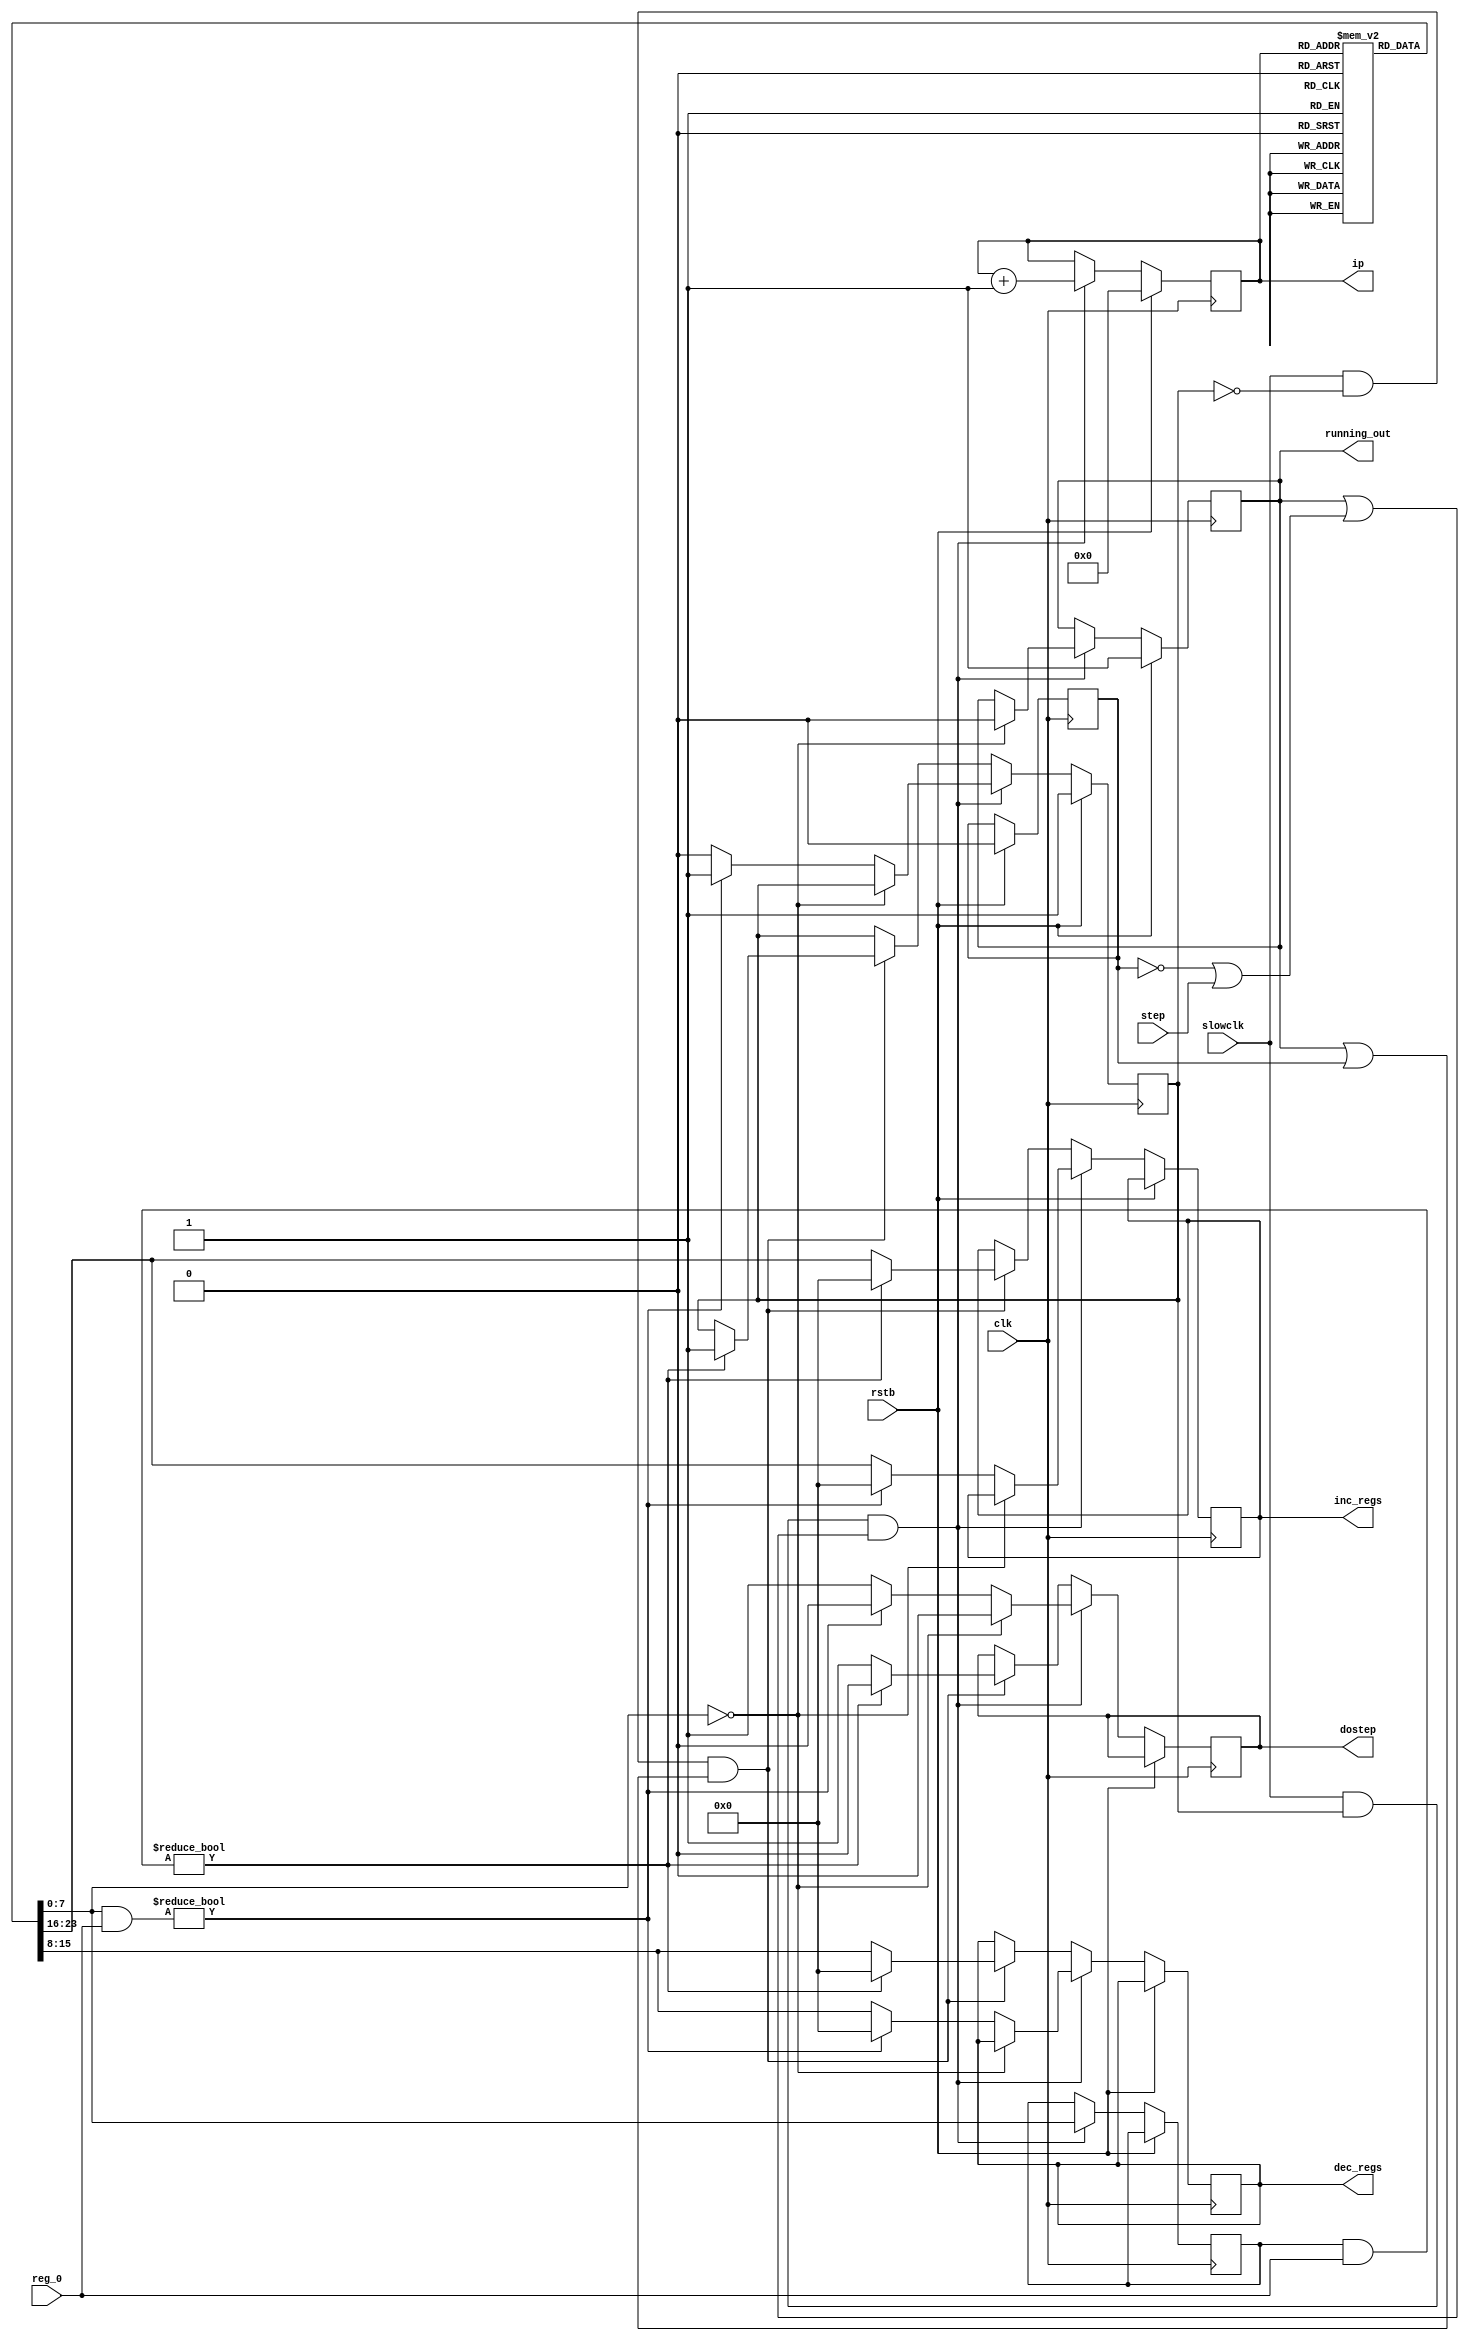
/////////////////////////////////////////
// numbotron instructions

module thread( clk, slowclk, rstb, step, reg_0, inc_regs, dec_regs, dostep, ip, running_out );
input clk;
input rstb;
input slowclk;  // slow down clock so we can see it working
input step;     // single step button
input [7:0] reg_0;
output [7:0] inc_regs;
output [7:0] dec_regs;
output dostep;  // should we run inc / dec?
output [4:0] ip;
output running_out;
wire running_out;
wire [24:0] current_instruction;
reg instruction_finished = 1;  // has the current instruction completed?
reg running = 1;               // are we running? (or editing)
reg stepping;                  // are we single stepping?
assign running_out = running;
reg [4:0] instruction_pointer; // what are we working on?

reg [24:0] instructions [0:24];
reg [7:0] reg_insn_zero;
reg [7:0] reg_insn_inc;
reg [7:0] reg_insn_dec;
reg [7:0] inc_regs;
reg [7:0] dec_regs;
reg dostep;
reg [4:0] ip;

initial begin
  instructions[0] = 24'h020101;
end

always @(*) ip = instruction_pointer;

always @(posedge clk )
if (rstb)
	begin
	 stepping <= 0;
	 instruction_finished <= 1;
	 instruction_pointer <= 0;
    running <= 1;
	end
else
	begin
    running <= running;
	 stepping <= stepping;
		////////////////
		// load next instruction?
		// yes if 
		// 1) instruction completed and correct clock (slowclk)
		//   a) running
		//   b) stepping and step button pressed.
		//
		if (slowclk & instruction_finished & (running || (!stepping || step ))  )
		begin
		  dostep = 0;
			reg_insn_zero = current_instruction[7:0];
			instruction_pointer = instruction_pointer + 5'd1;
			if( reg_insn_zero == 8'h00)
				running <= 0;
			else if (reg_insn_zero & reg_0 )
			   begin
				  instruction_finished = 1;
				  dec_regs = 8'd0;
				  inc_regs = 8'd0;
			   end
			else
			   begin
				  instruction_finished = 0;
				  dec_regs = current_instruction[15:8];
				  inc_regs = current_instruction[23:16];
				  dostep = 1;
				end
		end
		else 
		/////////////////////////////////////////////////////////////
		// step on instruction
		// if running or stepping 
		if (slowclk & !instruction_finished & (running | stepping))
		begin
			if (reg_insn_zero & reg_0 )
			   begin
					instruction_finished = 1;
					dec_regs = 0;
					inc_regs = 0;
					dostep = 0;
				end
			else
				begin
				  dostep = 1;
				  dec_regs = current_instruction[15:8];
				  inc_regs = current_instruction[23:16];
				end
		end
	end
assign current_instruction = instructions[instruction_pointer];
endmodule